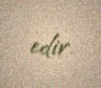
edir.